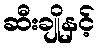
ဆီးချိုနှင့်